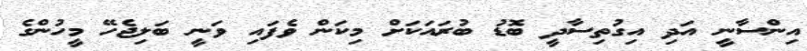
އިންސާނީ އަދި އިގުތިސާދީ ބޮޑު ބުރައަކަށް މިކަން ވެފައި ވަނީ ބަލިޖެހޭ މީހުންގެ